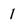
Character: 1